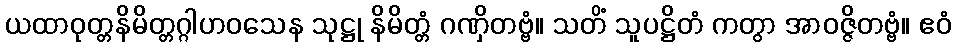
ယထာဝုတ္တနိမိတ္တဂ္ဂါဟဝသေန သုဋ္ဌု နိမိတ္တံ ဂဏှိတဗ္ဗံ။ သတိံ သူပဋ္ဌိတံ ကတွာ အာဝဇ္ဇိတဗ္ဗံ။ ဧဝံ